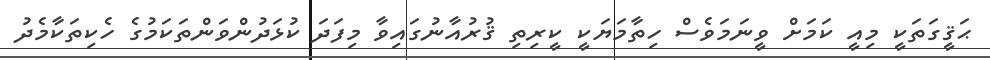
ޙަޤީގަތަކީ މިއީ ކަމަށް ވީނަމަވެސް ހިތާމަޔަކީ ކީރިތި ޤުރުއާނުގައިވާ މިފަދަ ކުޅަދުންވަންތަކަމުގެ ހެކިތަކާމެދު